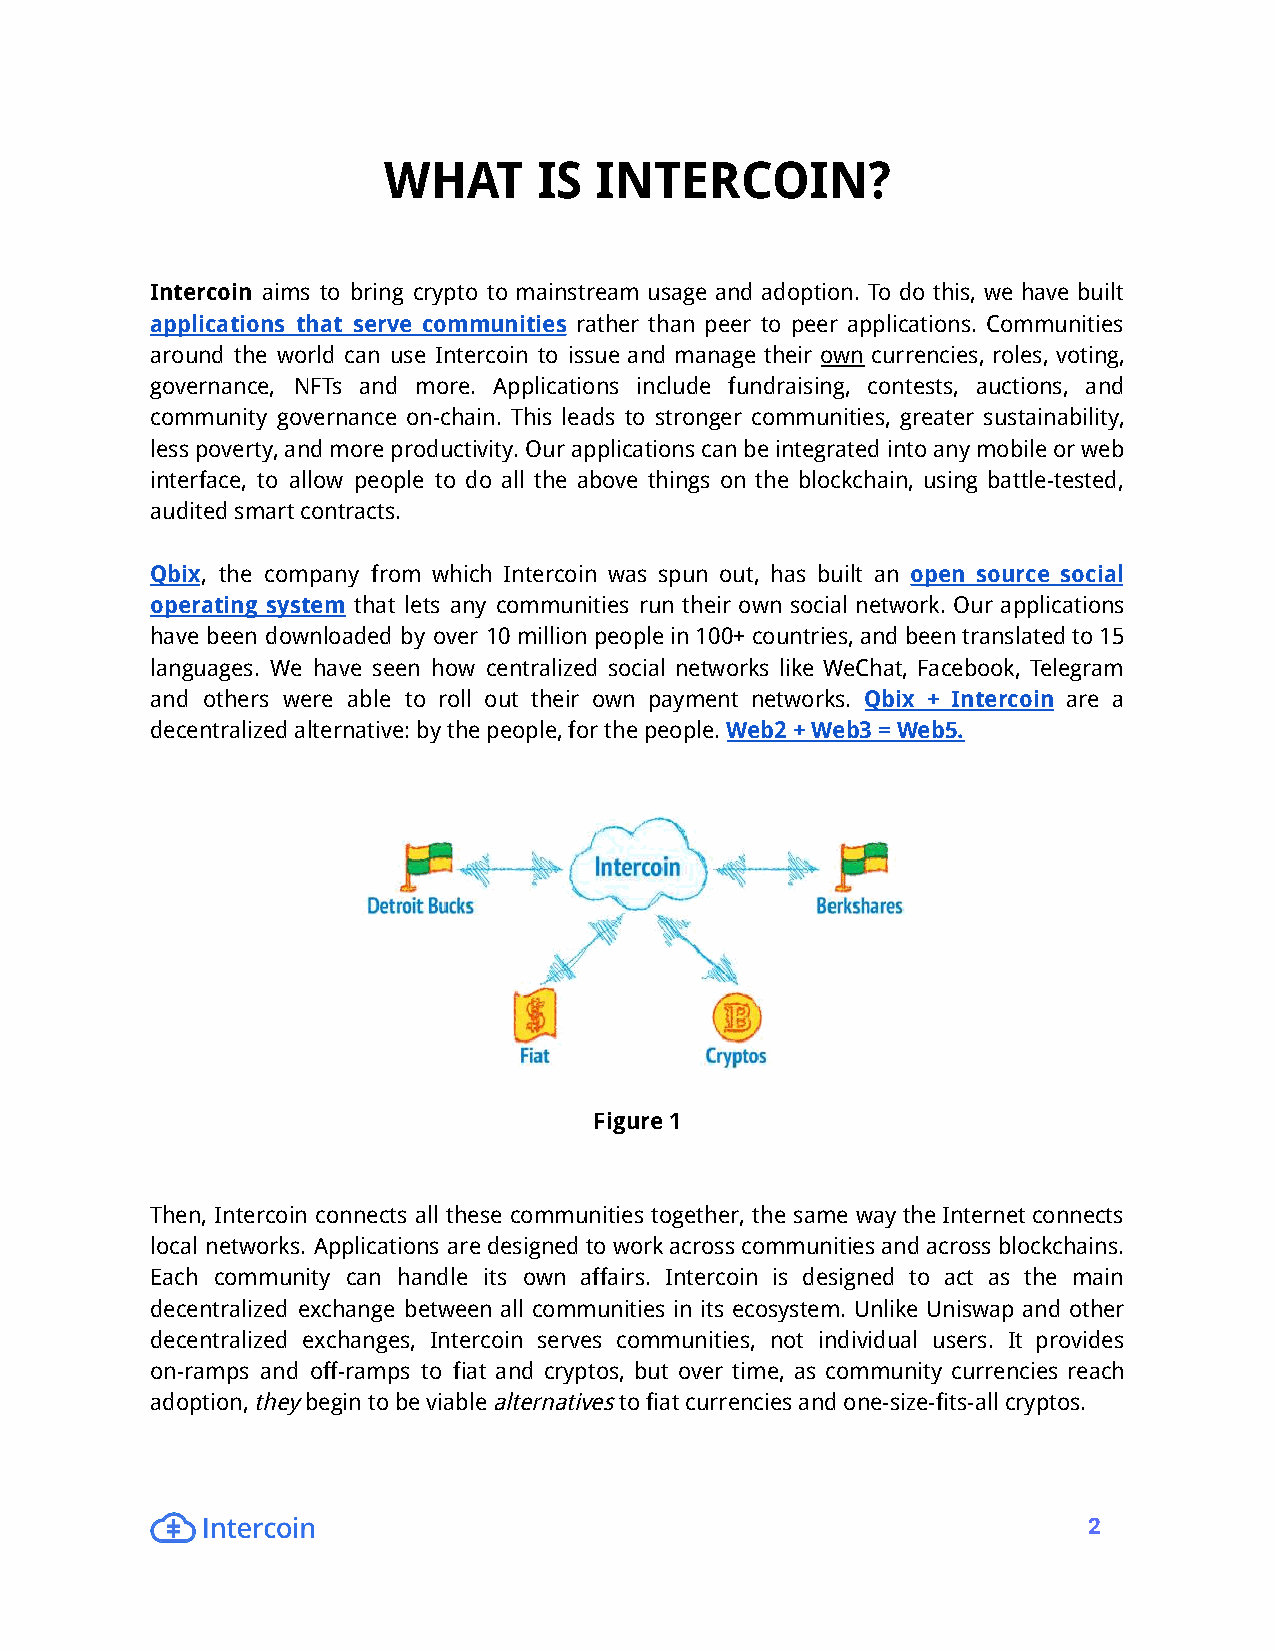
WHAT       IS INTERCOIN?
 Intercoin aims to bring crypto to mainstream usage and adoption. To do this, we have built
 applications that serve communities rather than peer to peer applications. Communities
 around the world can use Intercoin to issue and manage their own currencies, roles, voting,
 governance, NFTs and more. Applications include fundraising, contests, auctions, and
 community governance on-chain. This leads to stronger communities, greater sustainability,
 lesspoverty,andmoreproductivity.Ourapplicationscanbeintegratedintoanymobileorweb
 interface, to allow people to do all the above things on the blockchain, using battle-tested,
 auditedsmartcontracts.
 Qbix, the company from which Intercoin was spun out, has built an open source social
 operating system that lets any communities run their own social network. Our applications
 have been downloaded by over 10millionpeoplein100+countries,andbeentranslatedto15
 languages. We have seen how centralized social networks like WeChat, Facebook, Telegram
 and others were able to roll out their own payment networks. Qbix + Intercoin are a
 decentralizedalternative:bythepeople,forthepeople.Web2+Web3=Web5.
 Figure1
 Then, Intercoin connects all these communities together, the same waytheInternetconnects
 local networks. Applications aredesignedtoworkacrosscommunitiesandacrossblockchains.
 Each community can handle its own affairs. Intercoin is designed to act as the main
 decentralized exchange between all communities in its ecosystem. Unlike Uniswap and other
 decentralized exchanges, Intercoin serves communities, not individual users. It provides
 on-ramps and off-ramps to fiat and cryptos, but over time, as community currencies reach
 adoption,theybegintobeviablealternativestofiatcurrenciesandone-size-fits-allcryptos.
 2